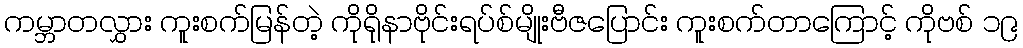
ကမ္ဘာတလွှား ကူးစက်မြန်တဲ့ ကိုရိုနာဗိုင်းရပ်စ်မျိုးဗီဇပြောင်း ကူးစက်တာကြောင့် ကိုဗစ် ၁၉